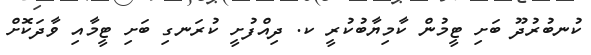
ކުނބުރުދޫ ބަށި ޓީމުން ކާމިޔާބުކުރީ ކ. ދިއްފުށީ ކުރަނގި ބަށި ޓީމާއި ވާދަކޮށް